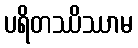
ပရိတဿိဿာမ